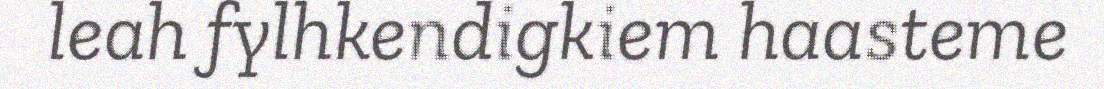
leah fylhkendigkiem haasteme